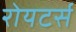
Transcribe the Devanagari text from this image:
रोयटर्स